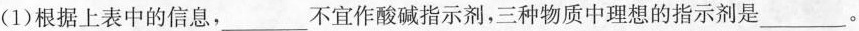
(1)根据上表中的信息，___不宜作酸碱指示剂，三种物质中理想的指示剂是___。